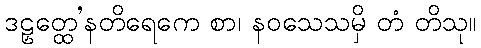
ဒဠှတ္ထေ’နတိရေကေ စာ၊ နဝသေသမှိ တံ တိသု။